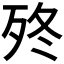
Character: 𣧩